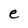
Character: e